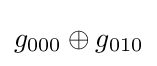
g_{000}\oplus g_{010}